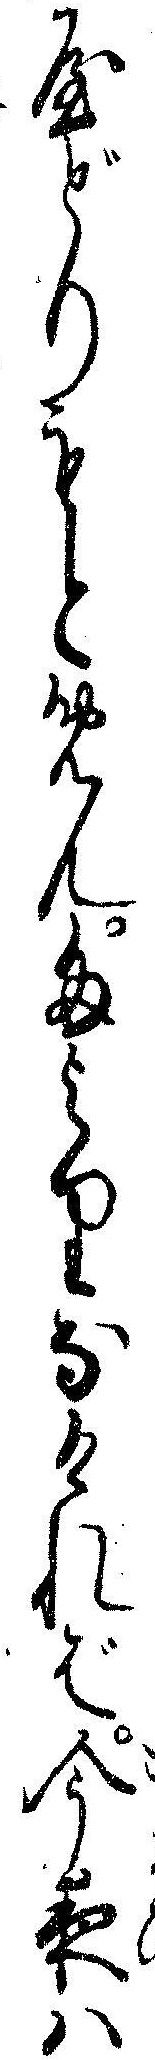
やどりもとめんたよりなければ今夜ハ